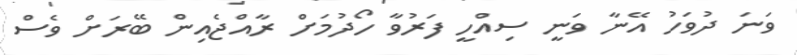
ވަނަ ދުވަހު އޭނާ ވަނީ ސިއްހީ ފަރުވާ ހޯދުމަށް ރާއްޖެއިން ބޭރަށް ވެސް